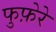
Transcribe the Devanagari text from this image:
फुफ़ेरे